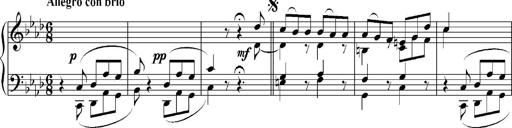
Title: Sonatina No.5
Composer: Otto Stoll
Key: F-sharp minor